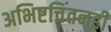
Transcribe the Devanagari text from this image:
अभिष्टचिंतनही